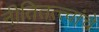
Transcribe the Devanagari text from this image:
नीतितत्त्वांचे